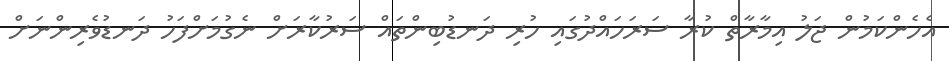
އެހެންކަމުން ޖަލު އިމާރާތް ކުރާ ސަރަހައްދުގައި ހުރި ދަނޑުބިންތައް ސަރުކާރަށް ނެގުމަށްފަހު ދަނޑުވެރިންނަށް